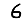
Digit: 6